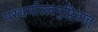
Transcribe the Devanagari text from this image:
परधर्मात्स्वनुष्ठितात्